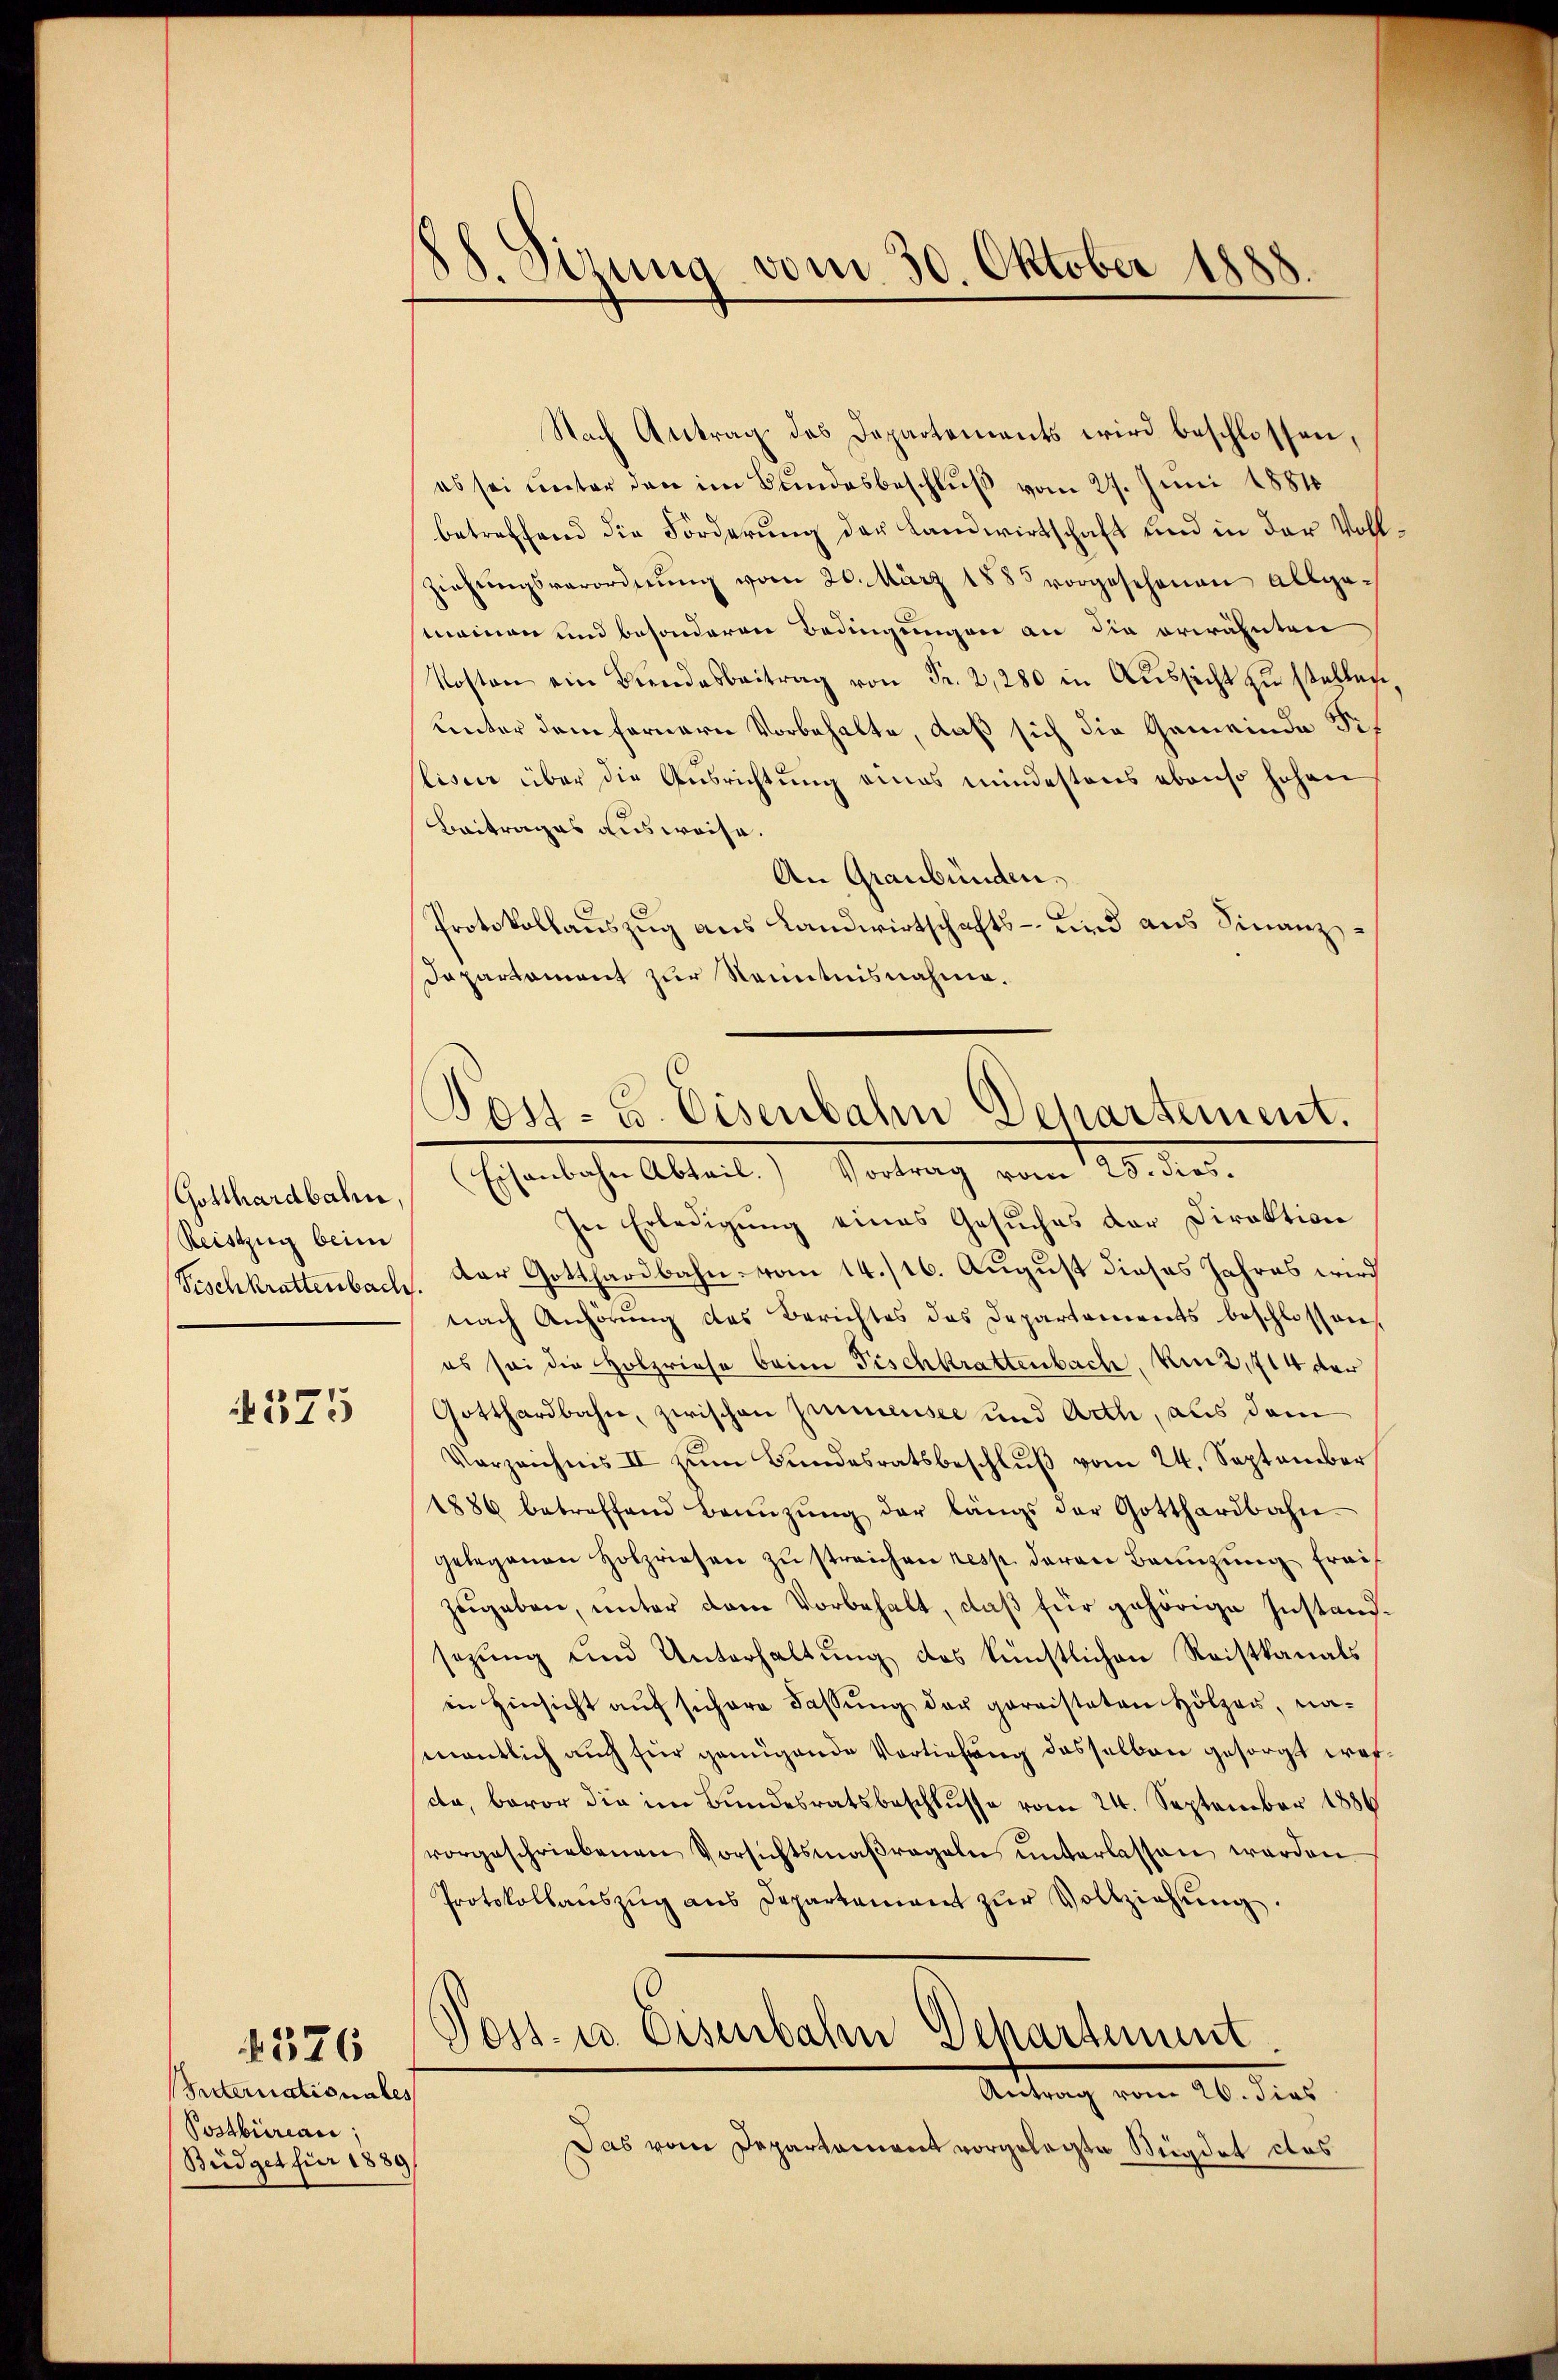
Gotthardbahn,
Reiszug beim
Fischkrattenbach.

4375

Setternationales
Postbureau,
Büdget für 1889

1576

88. Sirung vom 30. Oktober 1888.

Nach Antrag des Departements wird beschlossen,
es sei unter den im Bundesbeschluß vom 27. Juni 1881
betreffend die Forderung der Landwirtschaft und in der Vollziehŭngsverordnŭng vom 20. März 1885 vorgesehenen allge-
meinen und besonderen Bedingungen an die erwähnten
Kosten ein Bŭndesbeitrag von Fr. 2,280 in Aŭssicht zu stellen,
unter dem fernern Vorbehalte, daß sich die Gemeinde Siliser über die Ausrichtung eines mindestens ebenso hohen
Beitrages ausweise
An Graubünden.
Protokollauszug aus Landwirtschafts- und aus Finanz¬
Dapartament zur Kenntnisnahme.
Post- u. Eisenbahn Departement.

Eisenbahn Abteil. Vortrag vom 25. dies¬

In Erledigung eines Gesuches der Direktion
der Gotthardbahn vom 14./16. August dieses Jahres wird
nach Anhörung des Berichtes des Departements beschlossen,
es sei die Holzriese beim Fischkrattenbach, um 2,714 der
Gotthardbahn, zwischen Zimmensee und Arth, aus dem
Vorzeichnis II zŭm Bŭndesratsbeschlŭβ vom 24. September
1886 betreffend Benŭzŭng der längs der Gotthardbahn-
gelegenen Holzriesen zŭ streichen resp. daran Bannzung frais
zŭgeben, unter dem Vorbehalt, daβ für gehörige Instandsezung und Unterhaltung des künstlichen Reistkanals
in Hinsicht aŭf sichere Fassŭng der garnisteten Hölzer, na-
mantlich auch für genügende Vertiefung desselben gesorgt worda, bevor die im Bundesratsbeschlusse vom 24. September 1886
vorgeschriebenen Vorsichtsmaßregeln ŭnterlassen werden.
Protokollanszŭg ans Departement zŭr Vollziehŭng.
Poss. u. Eisenbahn Dechartement.
Antrag vom 20. dies
Das vom Departament vorgelegte Seigdet das